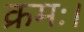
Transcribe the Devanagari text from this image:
क्रमः।